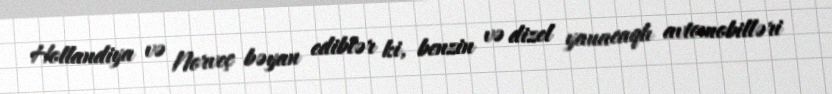
Hollandiya və Norveç bəyan ediblər ki, benzin və dizel yanacaqlı avtomobilləri